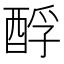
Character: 酻